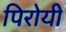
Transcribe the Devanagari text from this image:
पिरोयी